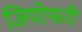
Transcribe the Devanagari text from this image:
जियोफरी